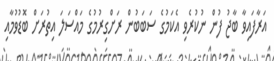
އަރާފައިވާ ބާޖު ފުން ނުކުރެވި އެކަމުގެ ސަބަބުން ރަށްގިރުމުގެ މައްސަލަ އިތުރަށް ބޮޑުވުމާއި